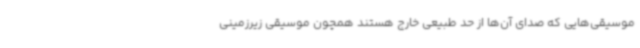
موسیقی‌هایی که صدای آن‌ها از حد طبیعی خارج هستند همچون موسیقی زیرزمینی